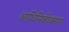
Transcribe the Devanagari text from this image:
आधिनिकीकरण